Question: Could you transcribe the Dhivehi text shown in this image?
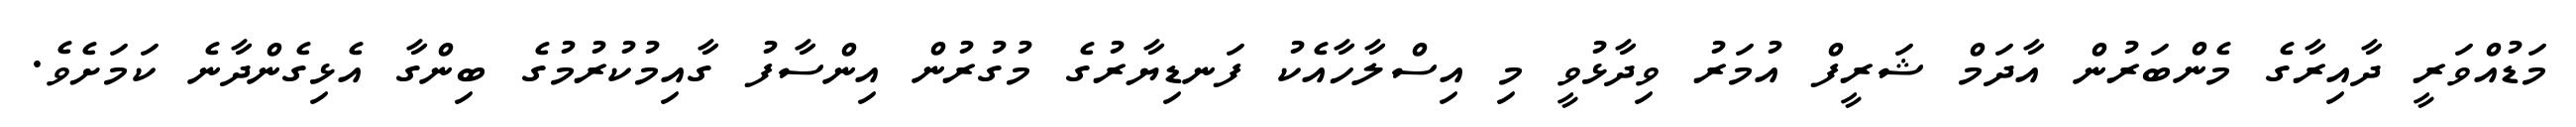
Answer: މަޑުއްވަރީ ދާއިރާގެ މެންބަރުން އާދަމް ޝަރީފް އުމަރު ވިދާޅުވީ މި އިސްލާހާއެކު ފަނޑިޔާރުގެ މުގުރުން އިންސާފު ގާއިމުކުރުމުގެ ބިންގާ އެޅިގެންދާނެ ކަމަށެވެ.